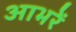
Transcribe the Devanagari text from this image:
आभरें